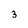
Character: 3